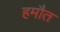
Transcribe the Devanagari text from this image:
हमौत